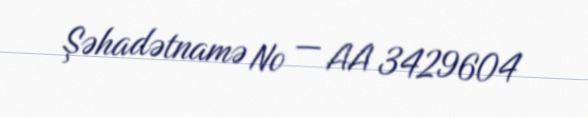
Şəhadətnamə № — AA 3429604